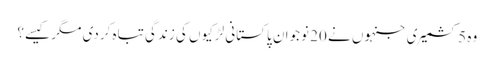
وہ 5 کشمیری جنہوں نے 20 نوجوان پاکستانی لڑکیوں کی زندگی تباہ کردی مگر کیسے؟